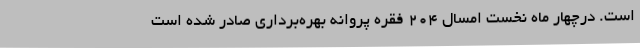
است. درچهار ماه نخست امسال 204 فقره پروانه بهره‌برداری صادر شده است